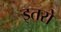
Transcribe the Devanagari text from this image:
इतरो